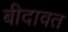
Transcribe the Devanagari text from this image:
बीदावत